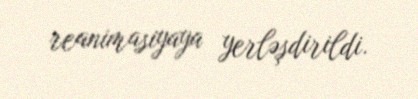
reanimasiyaya yerləşdirildi.